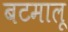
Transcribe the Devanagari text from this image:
बटमालू